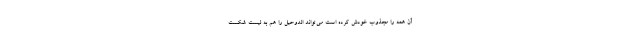
آن همه را مجذوب خودش کرده است می‌تواند الدوحیل را هم به لیست شکست